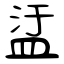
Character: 盓